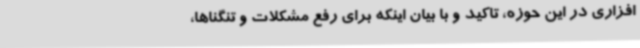
افزاری در این حوزه، تاکید و با بیان اینکه برای رفع مشکلات و تنگناها،